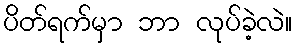
ပိတ်ရက်မှာ ဘာ လုပ်ခဲ့လဲ။